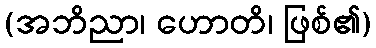
(အဘိညာ၊ ဟောတိ၊ ဖြစ်၏)